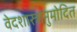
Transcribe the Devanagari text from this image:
वेदशास्त्रानुमोदित